Civil Veterinary Dept. North-West Frontier Province 1901-22 - 1901-1922
Year: 1901
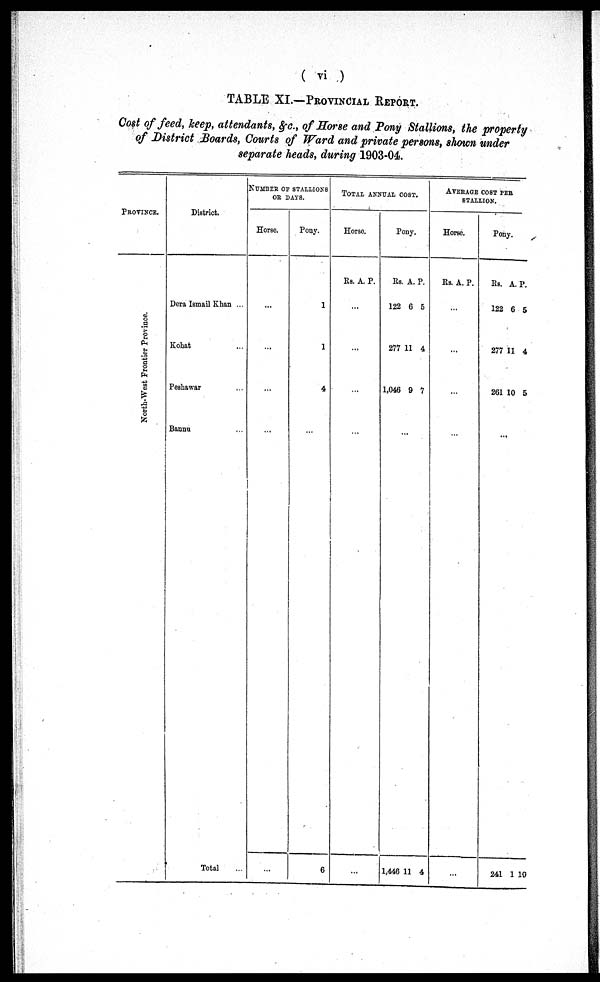
(vi)
TABLE XI.—PROVINCIAL REPORT.
Cost of feed, keep, attendants, &c., of Horse and Pony Stallions, the property
of District Boards, Courts of Ward and private persons, shown under
separate heads, during 1903-04.
PROVINCE.
North-West Frontier Province.
District.
Dera Ismail Khan ...
Kohat ...
Peshawar
Bannu ...
Total ...
NUMBER OF STALLIONS
OR DAYS.
Horse.
...
...
...
...
...
Pony.
1
1
4
...
6
TOTAL ANNUAL COST.
Horse.
Rs. A. P.
...
...
...
...
...
Pony.
Rs.
122
277
1,046
A.
6
11
9
P.
5
4
7
...
1,446 11 4
AVERAGE COST PER
STALLION.
Horse.
Rs. A. P.
...
...
...
...
Pony.
Rs.
122
277
261
A.
6
11
10
P
5
4
5
...
241 1
10